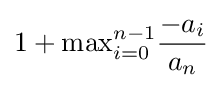
1+{\textstyle \max _{i=0}^{n-1}}{\frac {-a_{i}}{a_{n}}}